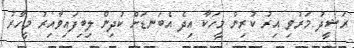
ރަޝީދު މަރުވި އިރު ކުރިން މީހަކާ އިދެ އެބަނޑަށް ކުދިން ލިބިފައިވާއިރު މީހާރު